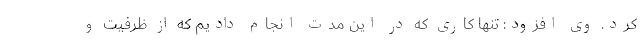
کرد. وی افزود: تنها کاری که در این مدت انجام دادیم که از ظرفیت و